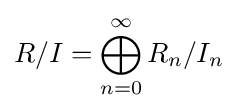
R/I=\bigoplus _{n=0}^{\infty }R_{n}/I_{n}